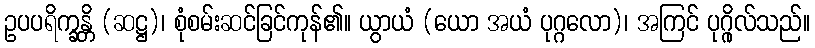
ဥပပရိက္ခန္တိ (ဆဋ္ဌ)၊ စုံစမ်းဆင်ခြင်ကုန်၏။ ယွာယံ (ယော အယံ ပုဂ္ဂလော)၊ အကြင် ပုဂ္ဂိုလ်သည်။